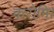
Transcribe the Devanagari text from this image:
करोमि।